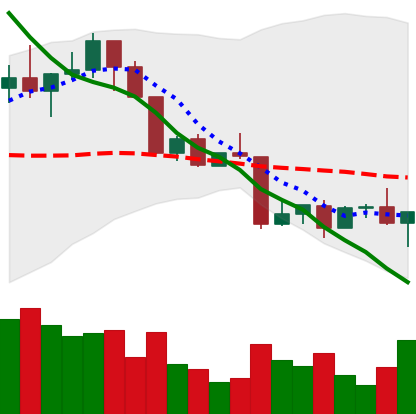
Ticker: LINK-USD
Chart end date: 2022-04-18
Forward return: -4.944%
Label: down_3_5